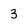
Character: 3